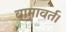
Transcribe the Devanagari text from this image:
वामावर्त।